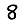
Digit: 8